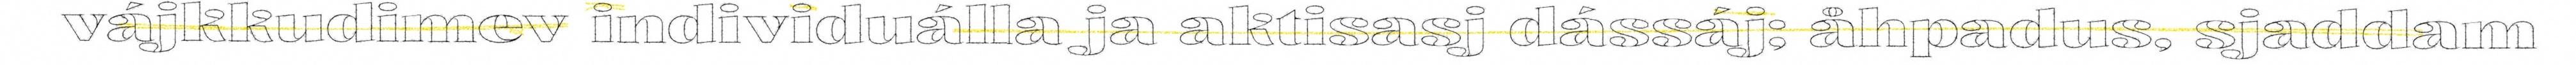
vájkkudimev individuálla ja aktisasj dássáj; åhpadus, sjaddam